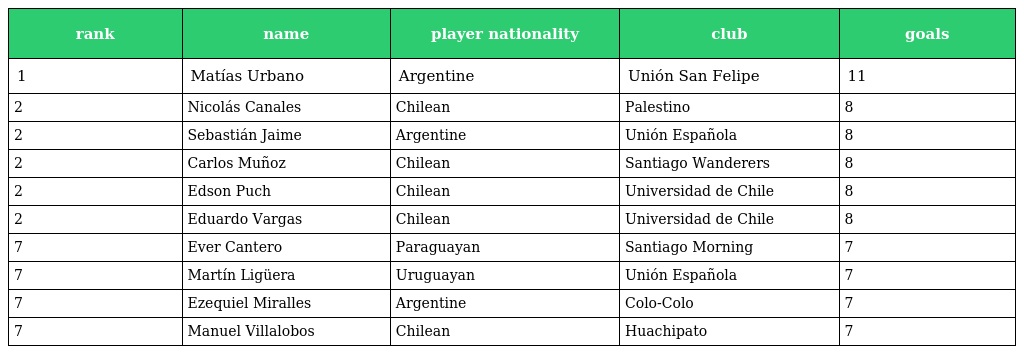
| rank | name | player nationality | club | goals |
 | --- | --- | --- | --- | --- |
 | 1 | Matías Urbano | Argentine | Unión San Felipe | 11 |
 | 2 | Nicolás Canales | Chilean | Palestino | 8 |
 | 2 | Sebastián Jaime | Argentine | Unión Española | 8 |
 | 2 | Carlos Muñoz | Chilean | Santiago Wanderers | 8 |
 | 2 | Edson Puch | Chilean | Universidad de Chile | 8 |
 | 2 | Eduardo Vargas | Chilean | Universidad de Chile | 8 |
 | 7 | Ever Cantero | Paraguayan | Santiago Morning | 7 |
 | 7 | Martín Ligüera | Uruguayan | Unión Española | 7 |
 | 7 | Ezequiel Miralles | Argentine | Colo-Colo | 7 |
 | 7 | Manuel Villalobos | Chilean | Huachipato | 7 |